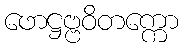
ဖောဋ္ဌဗ္ဗဝိတက္ကော